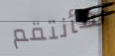
سأنتقم